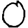
Digit: 0